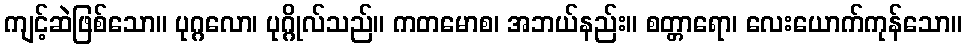
ကျင့်ဆဲဖြစ်သော။ ပုဂ္ဂလော၊ ပုဂ္ဂိုလ်သည်။ ကတမောစ၊ အဘယ်နည်း။ စတ္တာရော၊ လေးယောက်ကုန်သော။